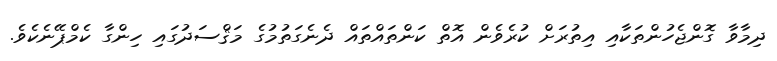
ދިމާވާ ގޮންޖެހުންތަކާއި އިތުރަށް ކުރެވެން އޮތް ކަންތައްތައް ދެނެގަތުމުގެ މަޤްސަދުގައި ހިންގާ ކެމްޕޭނެކެވެ.